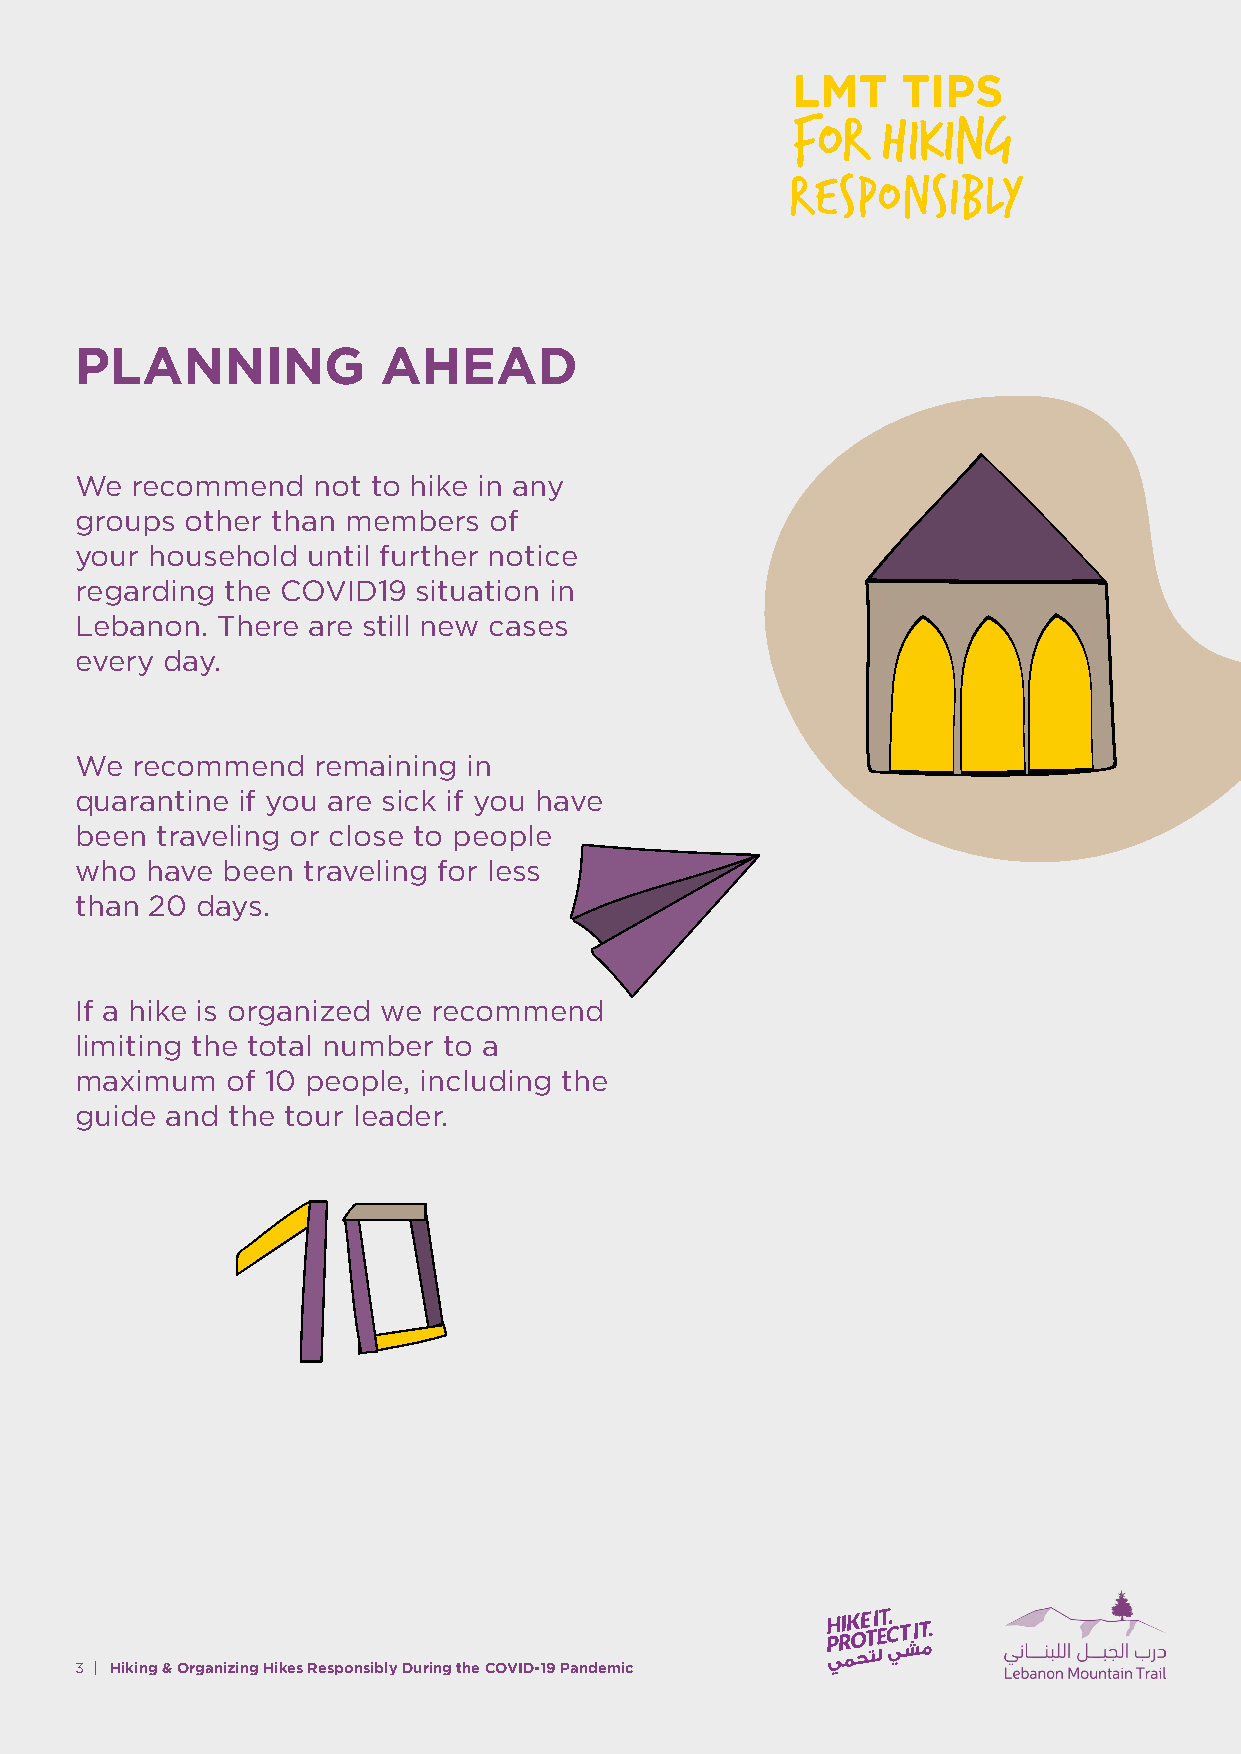
PLANNING            AHEAD
 We  recommend   not to hike in any
 groups other than members  of
 your household until further notice
 regarding the COVID19  situation in
 Lebanon. There are still new cases
 every day.
 We  recommend   remaining in
 quarantine if you are sick if you have
 been traveling or close to people
 who  have been traveling for less
 than 20 days.
 If a hike is organized we recommend
 limiting the total number to a
 maximum   of 10 people, including the
 guide and the tour leader.
 3 | Hiking & Organizing Hikes Responsibly During the COVID-19 Pandemic